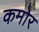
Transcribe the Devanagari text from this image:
कमोर